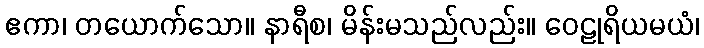
ဧကာ၊ တယောက်သော။ နာရီစ၊ မိန်းမသည်လည်း။ ဝေဠုရိယမယံ၊